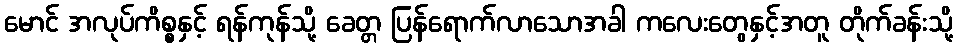
မောင် အလုပ်ကိစ္စနှင့် ရန်ကုန်သို့ ခေတ္တ ပြန်ရောက်လာသောအခါ ကလေးတွေနှင့်အတူ တိုက်ခန်းသို့